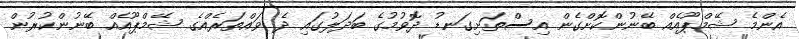
އެންމެ ޝޭމްޕޫއެއް ބޭނުންކޮށްގެން އިސްތަށިގަނޑު ދޮވުމުގެ ބަދަލުގައި ދެ ވައްތަރެއްގެ ޝޭމްޕޫއެއް ބޭނުންކުރުން